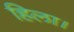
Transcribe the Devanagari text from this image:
हिला।